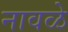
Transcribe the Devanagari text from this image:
नावळे